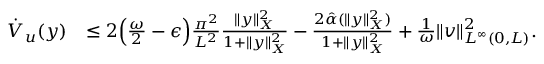
\begin{array} { r l } { \dot { V } _ { u } ( y ) } & { \leq 2 \Big ( \frac { \omega } { 2 } - \epsilon \Big ) \frac { \pi ^ { 2 } } { L ^ { 2 } } \frac { \| y \| _ { X } ^ { 2 } } { 1 + \| y \| _ { X } ^ { 2 } } - \frac { 2 \hat { \alpha } ( \| y \| _ { X } ^ { 2 } ) } { 1 + \| y \| _ { X } ^ { 2 } } + \frac { 1 } { \omega } \| v \| _ { L ^ { \infty } ( 0 , L ) } ^ { 2 } . } \end{array}